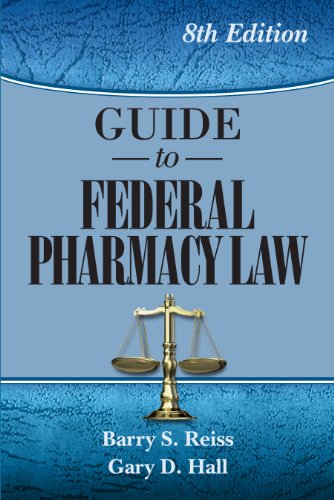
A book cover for Guide to Federal Pharmacy Law, 8th Ed. (Reiss, Guide to Federal Pharmacy Law); Barry S. Reiss; Medical Books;